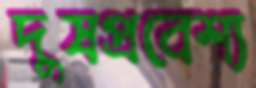
দুষপ্রবেশ্য